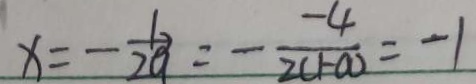
x = - \frac { b } { 2 a } = - \frac { - 4 } { 2 ( 1 - a ) } = - 1